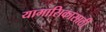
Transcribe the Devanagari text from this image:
यामासिकासाठी